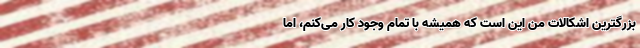
بزرگترین اشکالات من این است که همیشه با تمام وجود کار می‌کنم، اما